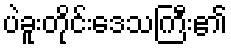
ပဲခူးတိုင်းဒေသကြီး၏